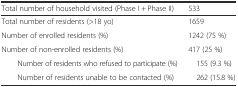
| Total number of household visited (Phase I + Phase II) | 533 |
 | --- | --- |
 | Total number of residents (>18 yo) | 1659 |
 | Number of enrolled residents (%) | 1242 (75 %) |
 | Number of non-enrolled residents (%) | 417 (25 %) |
 | Number of residents who refused to participate (%) | 155 (9.3 %) |
 | Number of residents unable to be contacted (%) | 262 (15.8 %) |